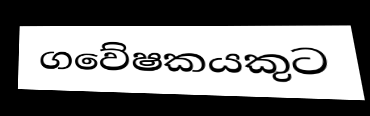
ගවේෂකයකුට